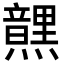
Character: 𮮜